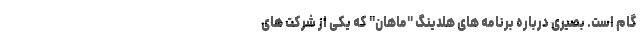
گام است. بصیری درباره برنامه های هلدینگ "ماهان" که یکی از شرکت های